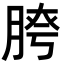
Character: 𦜮